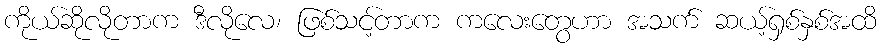
ကိုယ်ဆိုလိုတာက ဒီလိုလေ၊ ဖြစ်သင့်တာက ကလေးတွေဟာ အသက် ဆယ့်ရှစ်နှစ်အထိ